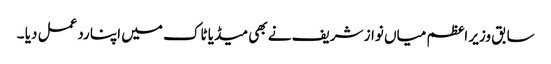
سابق وزیر اعظم میاں نواز شریف نے بھی میڈیا ٹاک میں اپنا ردعمل دیا ۔